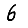
Digit: 6